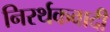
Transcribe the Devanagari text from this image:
निरर्थकवादी